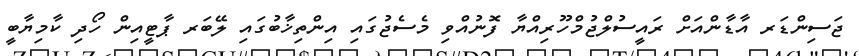
ޖަސިންޑަރ އާޑާންއަށް ރައީސުލްޖުމްހޫރިއްޔާ ފޮނުއްވި މެސެޖުގައި އިންތިޚާބުގައި ލޭބަރ ޕާޓީއިން ހޯދި ކާމިޔާބީ